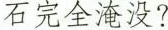
石完全淹没?